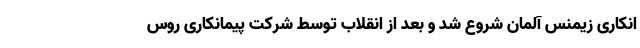
انکاری زیمنس آلمان شروع شد و بعد از انقلاب توسط شرکت پیمانکاری روس